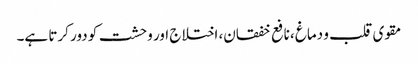
مقوی قلب و دماغ ،نافع خفقان، اختلاج اور وحشت کو دور کرتا ہے۔